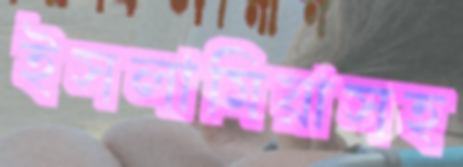
ইসলামিয়াসহ